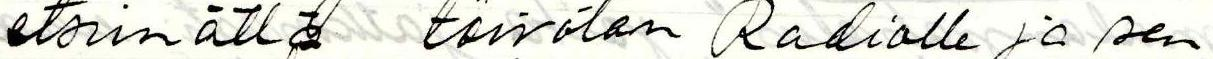
etsimättä toivotan Radiolle ja sen